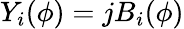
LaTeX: Y_{i}(\phi)=jB_{i}(\phi)